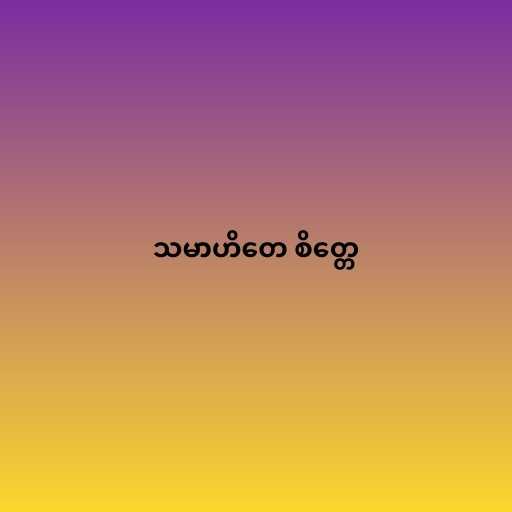
သမာဟိတေ စိတ္တေ